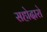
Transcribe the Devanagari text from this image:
सहोदारो